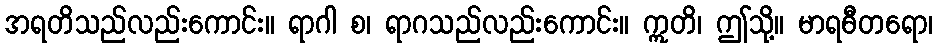
အရတိသည်လည်းကောင်း။ ရာဂါ စ၊ ရာဂသည်လည်းကောင်း။ ဣတိ၊ ဤသို့။ မာရဓီတရော၊